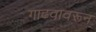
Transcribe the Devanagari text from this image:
गाढवावरून